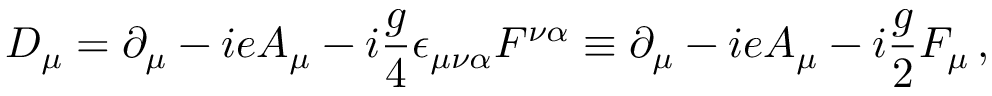
{ \cal D } _ { \mu } = \partial _ { \mu } - { i e A _ { \mu } } - i { \frac { g } { 4 } } \epsilon _ { \mu \nu \alpha } F ^ { \nu \alpha } \equiv \partial _ { \mu } - { i e A _ { \mu } } - i { \frac { g } { 2 } } F _ { \mu } \, ,